Bréfritari: Soffía Daníelsdóttir
Viðtakandi: Jakobína Magnúsdóttir og Daníel Halldórsson
Dagsetning: A-1887-12-02
Skrifað á: Reykjavík  Gull.
Soffía var dóttir Jakobínu og Daníels

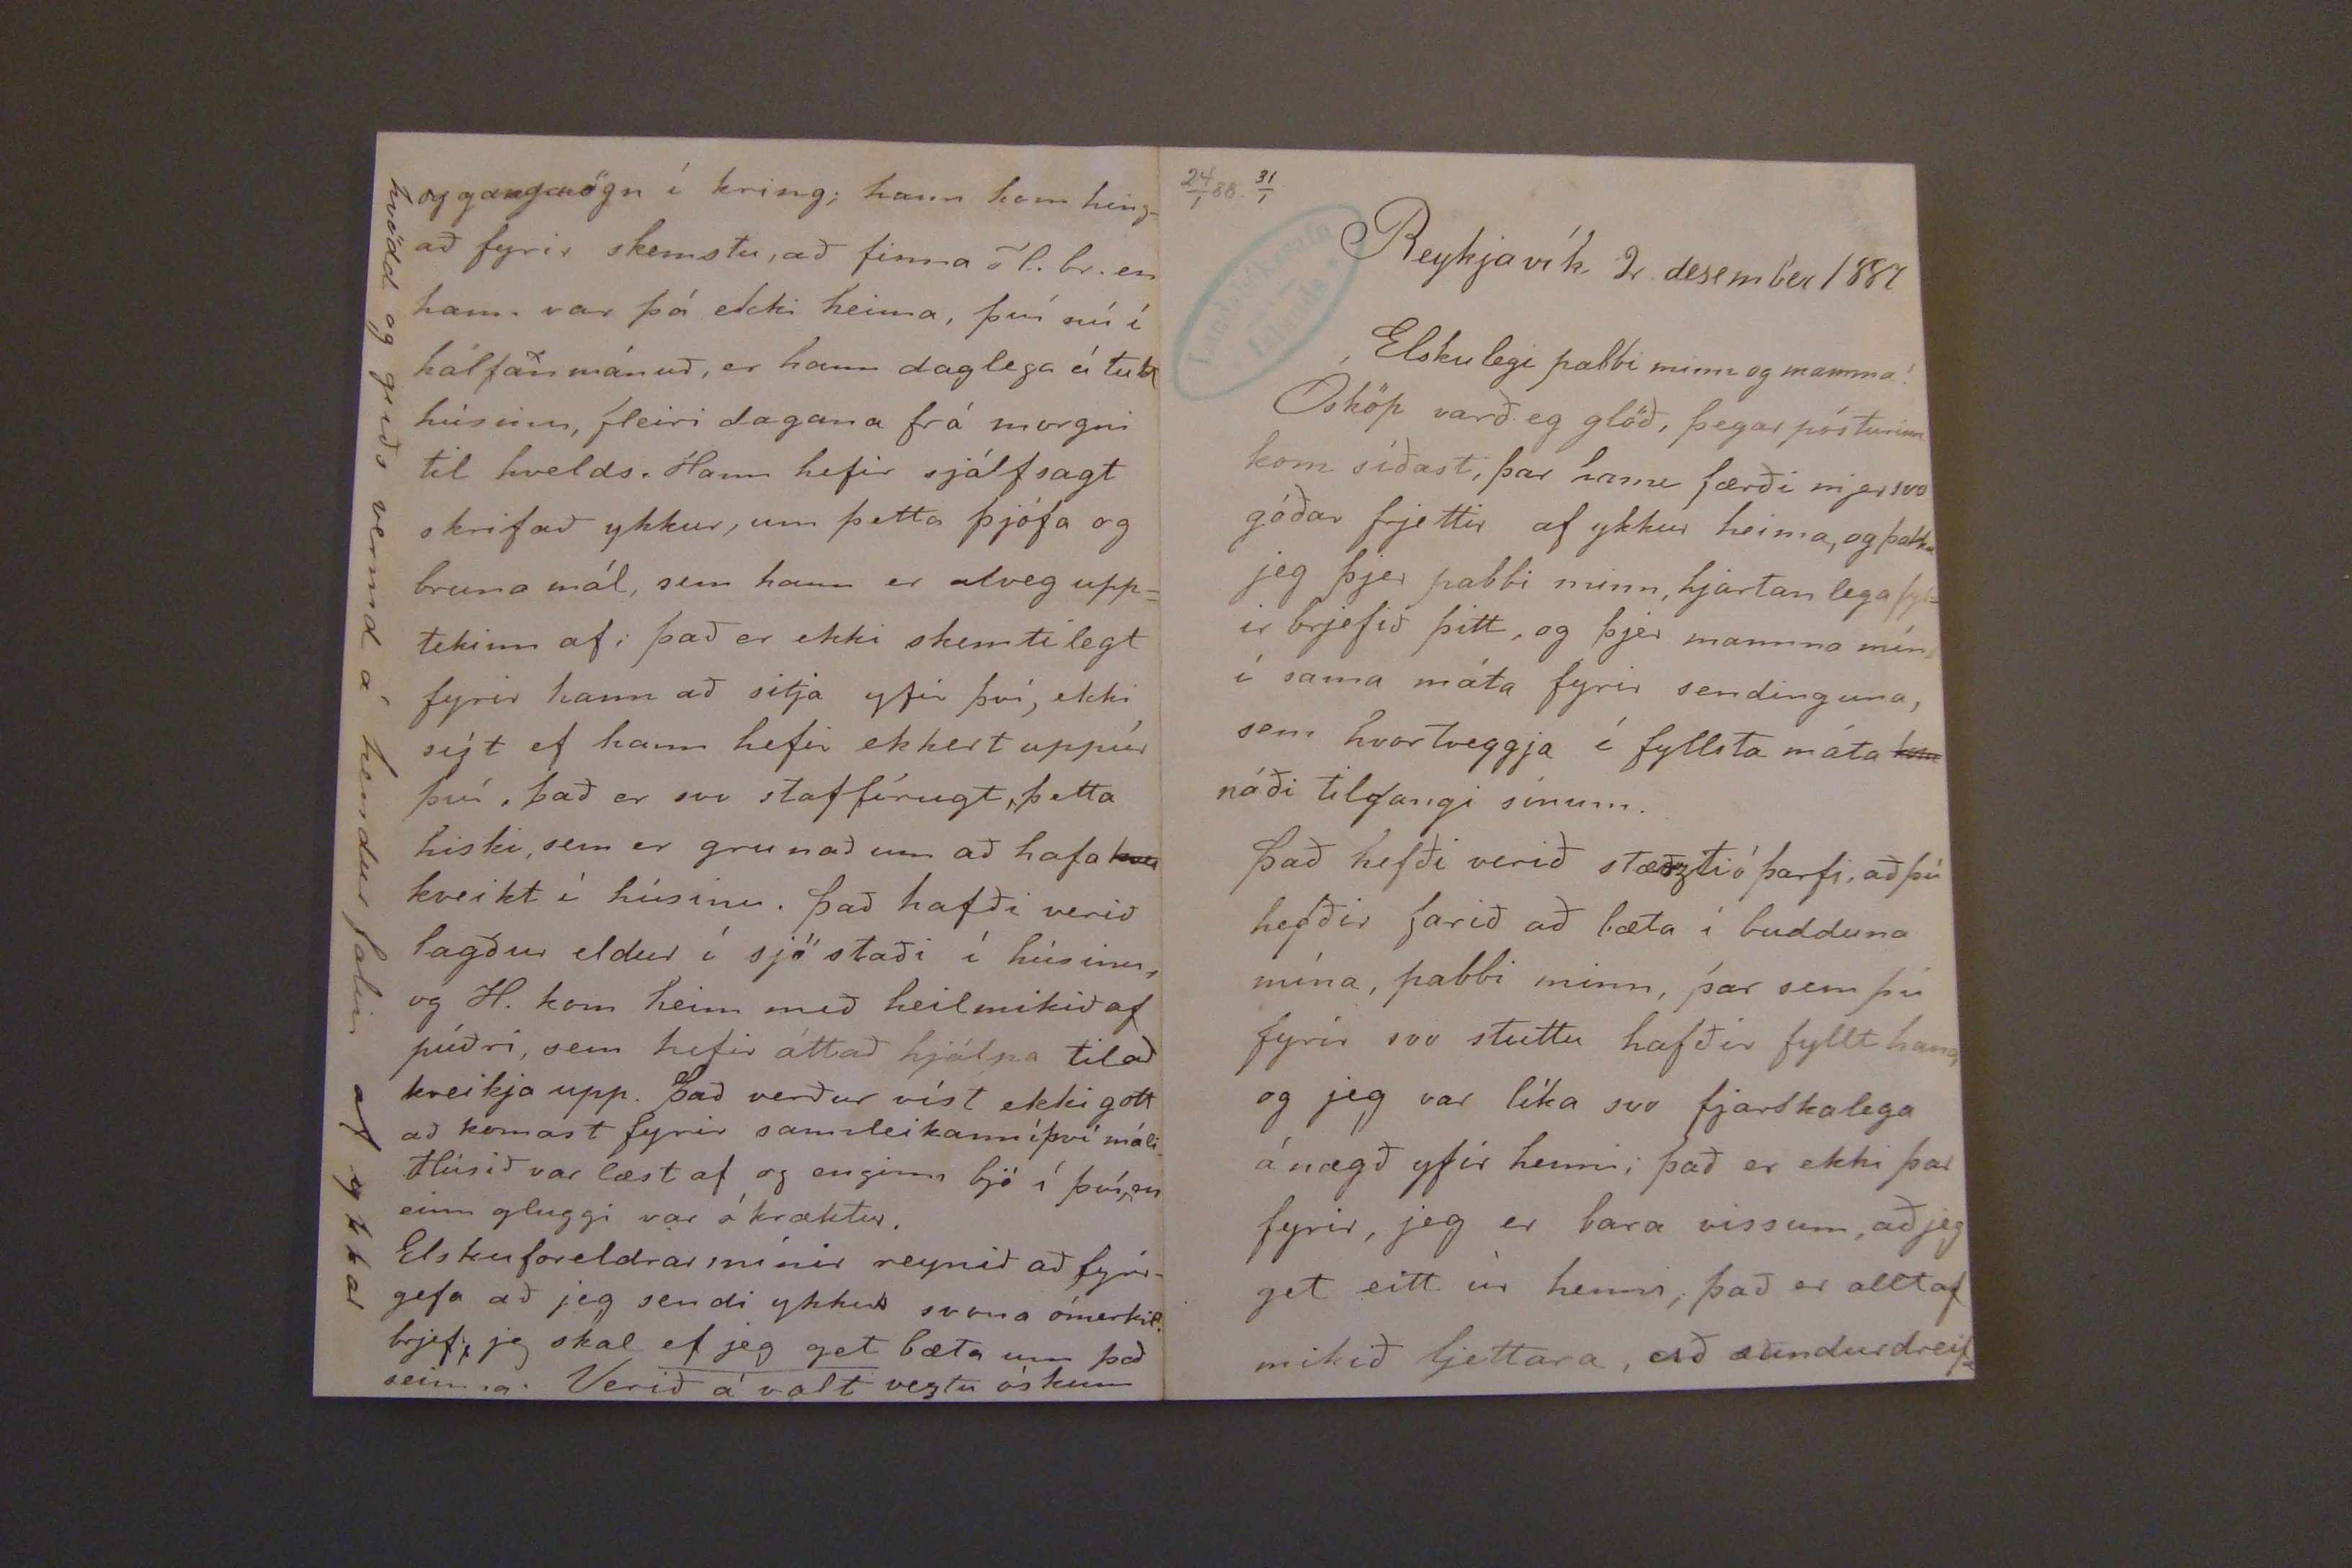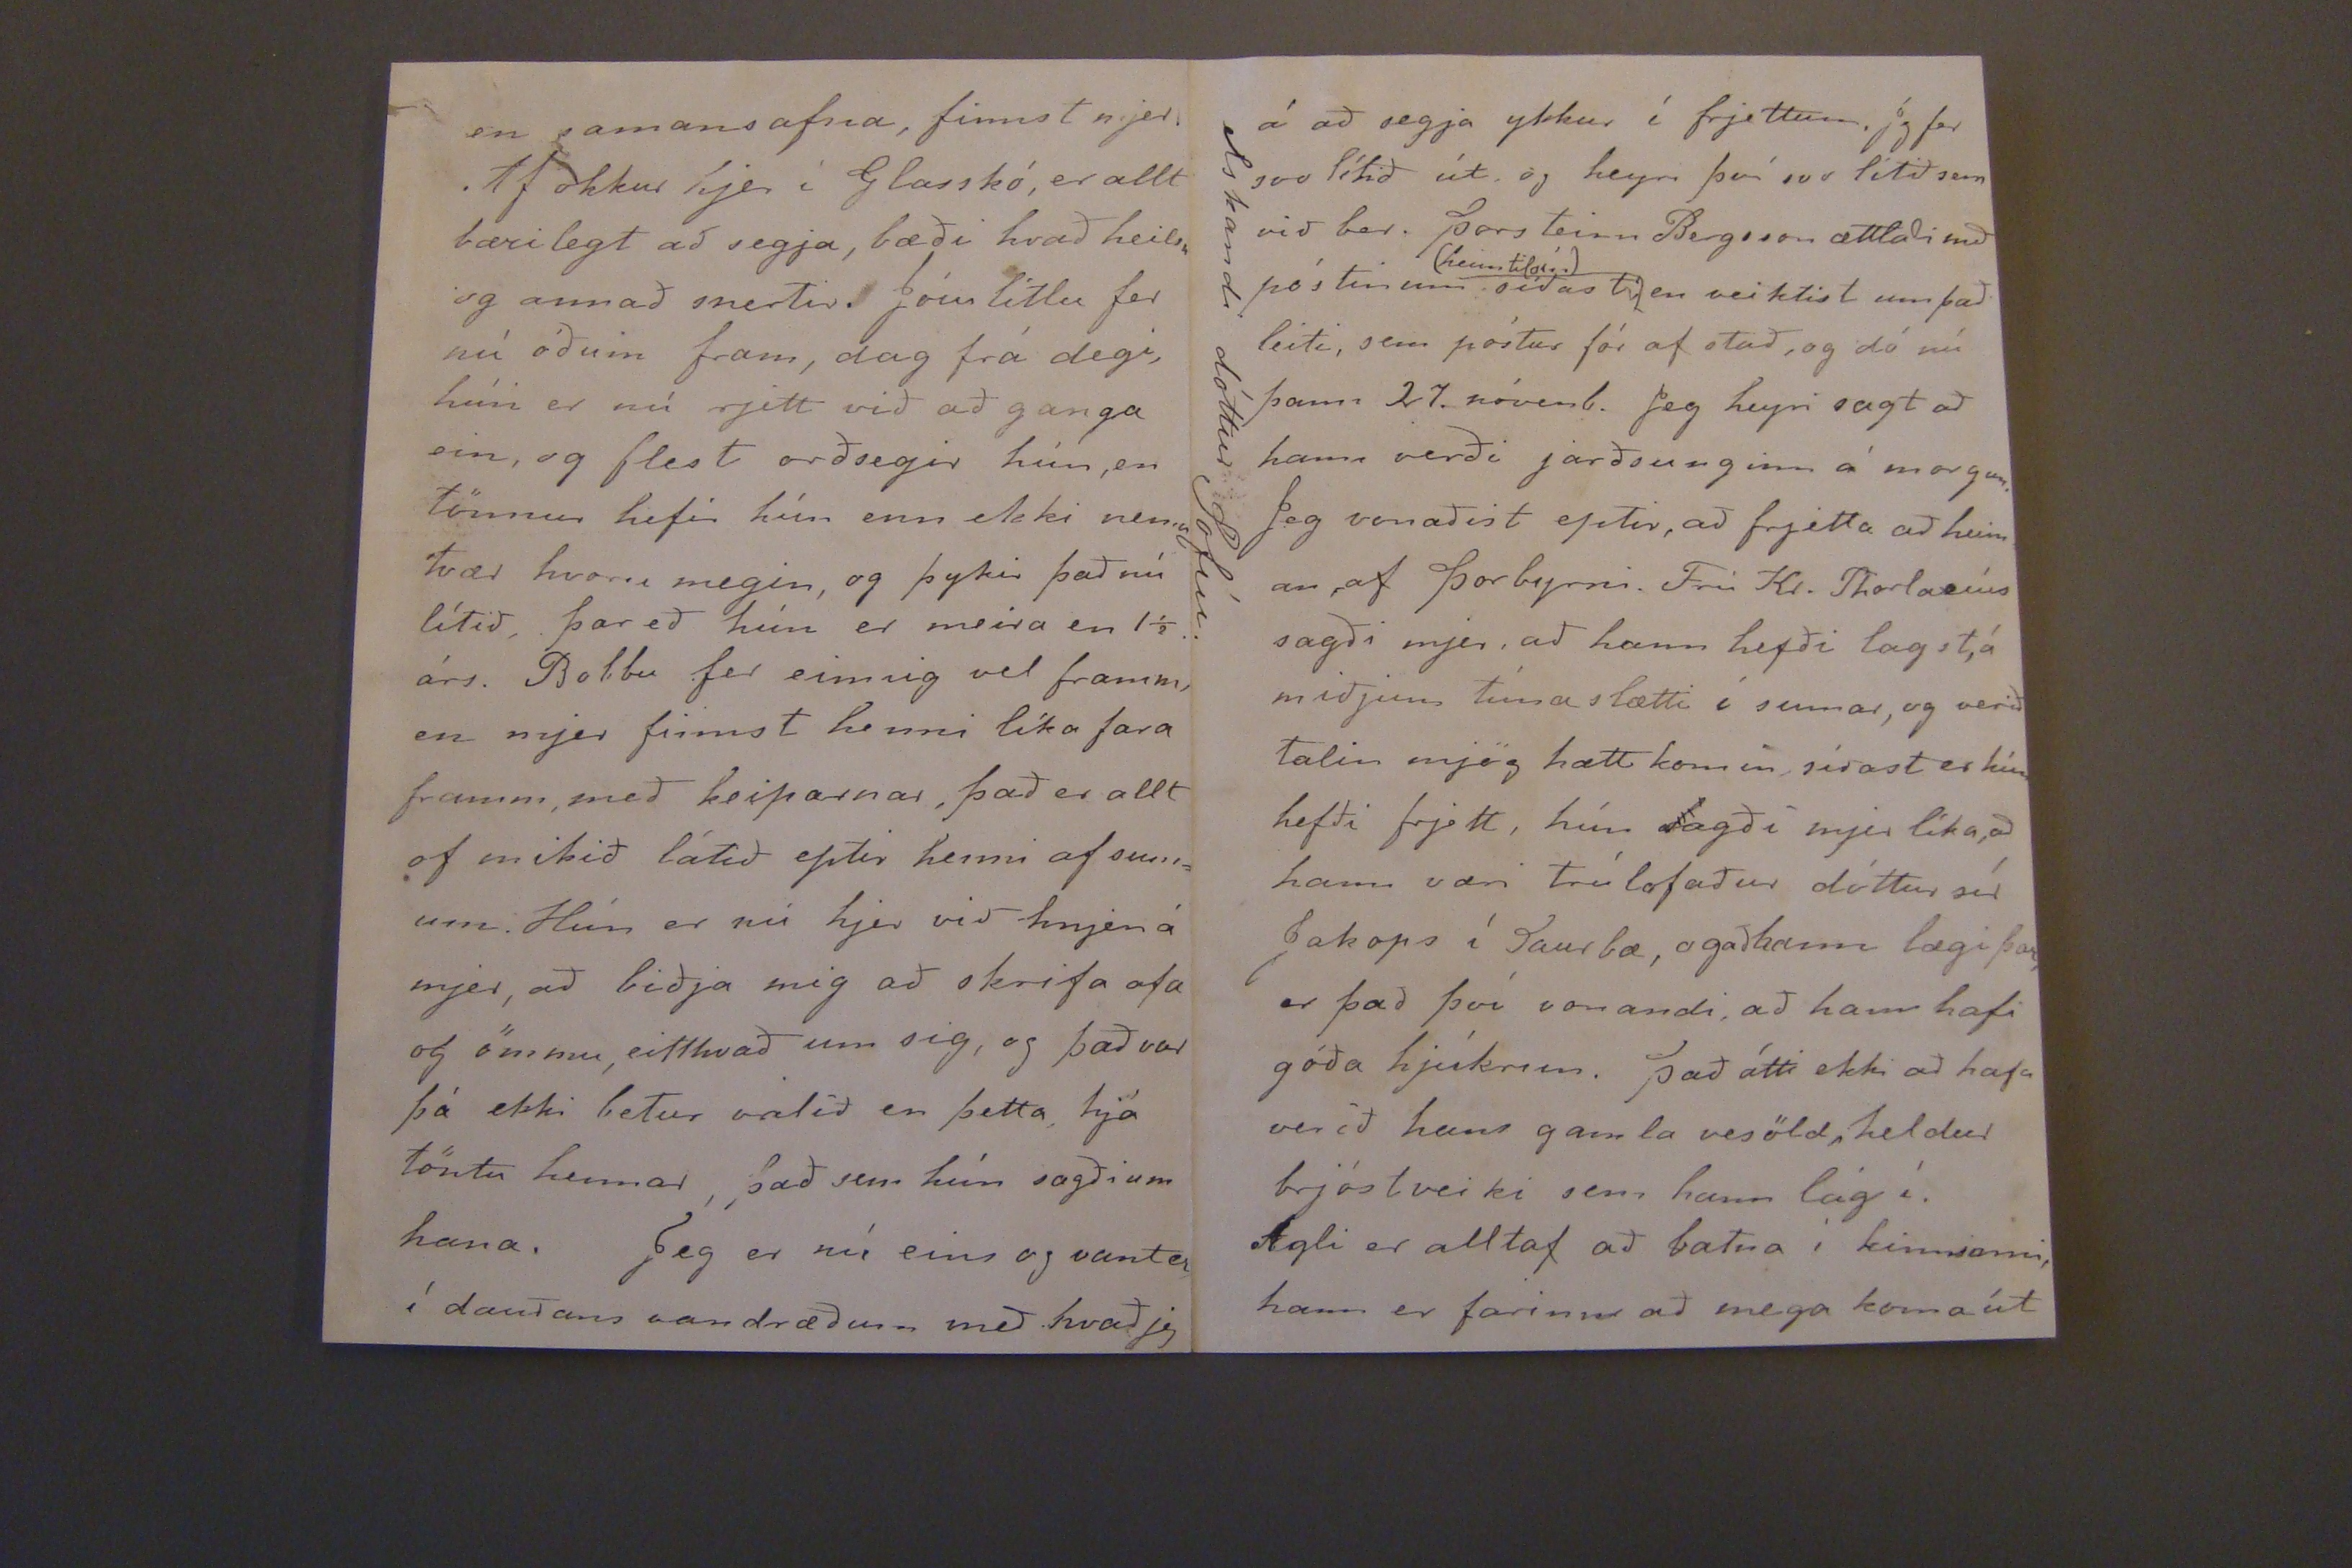

24/1 88. 31/1
Reykjavík 2. desember 1887
Elskulegi pabbi minn og mamma!
Ósköp varð eg glöð, þegar pósturinn kom síðast, þar hann færði mjer svo góðar frjettir af ykkur heima, og þakka jeg þjer pabbi minn, hjartanlega fyrir brjefið þitt, og þjer mamma mín í sama máta fyrir sendinguna, sem hvortveggja í fyllsta máta
kom
náði tilgangi sínum.
það hefði veirð stæðzti óþarfi, að þú hefðir farið að bæta í budduna mína, pabbi minn, þar sem þú fyrir svo stuttu hafði fyllt hana og jeg var líka svo fjarskalega ánægð yfir henni; það er ekki það fyrir, jeg er bara vissum, að jeg get eitt úr henni, það er alltaf mikið ljettara, að sundurdreifa
en samansafna, finnst mjer. Af okkur hjer í Glasskó, er allt bærilegt að segja, bæði hvað heilsu og annað snertir. Þóru litlu fer nú óðum fram, dag frá degi, hún er nú rjett við að ganga ein, og flest orðsegir hún, en tönnur hefir hún ekki nema tvær hvoru megin, og þykir það nú lítið, þar eð hún er meira en 1 1/2. árs. Bobbu fer einnig vel framm, en mjer finnst henni líka fara framm, með keiparnar, það er allt of mikið látið eptir henni af sumum. Hún er nú hjer ivð hnjen á mjer, að biðja mig að skrifa afa og ömmu, eitthvað um sig, og það var þá ekki betur valið en þetta, hjá töntu hennar, það sem hún sagði um hana. eg er nú eins og vant er í dauðans vandræðum með hvað jeg
og gangaögn í kring; hann kom hingað fyrir skemstu, að finna ó l. br. en hann var þá ekki heima, því nú í hálfan mánuð, er hann daglega á tuk húsinu, fleiri dagana frá morgni til hvelds. Hann hefir sjálfsagt skrifað ykkur, um þetta þjófa og bruna mál, sem hann er alveg upptekinn af; það er ekki skemtilegt fyrir hann að sitja yfir því, ekki
sýt
ef hann hefir ekkert uppúr því, það er svo staf fórugt, þetta hiski, sem er grunað um að hafa kveikt í húsinu. það hafði verið lagður eldur í sjö staði í húsinu, og H. kom heim með heilmikið af púðri, sem hefir áttað hjálpa til að kveikja upp. það verður víst ekki gott að komast fyrir sannleikann í því máli. Húsið var læst af og enginn bó í því, en einn gluggi var ókræktur.
Elsku foreldrar mínir reynið að fyrirgefa að jeg sendi ykkur svona ómerkil. brjef, jeg skal
ef jeg get
bæta um það seinna. Verið á valt veztu óskum
hvödd og guðs vermd á hendur falin af ykkar
á að sega ykkur í frjettum. Jg fer svo lítið út og heyri því svo litið sem við ber. Þorsteinn Bergsson ættlaði með póstinum síðast
heim til
sín
en veiktist um það leiti, sem póstur fór af stað, og dó nú þann 27. nóvemb. Jeg heyri sagt að hann verði jarðsunginn á morgunn. Jeg vonaðist eptir, að frjetta að heim an, af þorbyrni. Frú Kr. Thorlacíus sagði mjer, að hann hefði lagst, á miðum tíma slætti í sumar, og verið talin mjög hætt komin síðast er hún hefði frjett, hún sagði mjer líka, að hann væri trúlofaður dóttur sír Jakops í Saurbæ, ogaðbann lægi þar er það því vonandi, að hann hafi góða hjúkrun. Það átti ekki að hafa verið hans gamla vesöld, heldur brjóstveiki sem hann lág í. Agli er alltaf að batna í kinninni, hann er farinn að mega koma út
elskandi dóttur Sofíu.